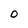
Character: O